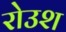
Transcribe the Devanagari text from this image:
रोउश